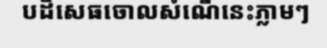
បដិសេធចោលសំណើនេះភ្លាមៗ